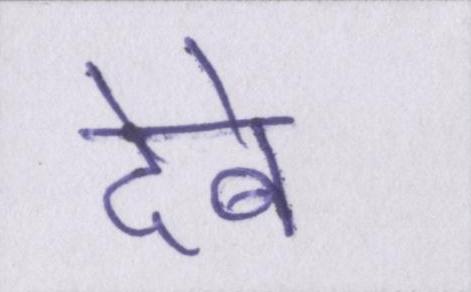
देबे